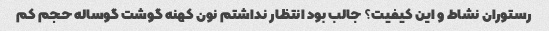
رستوران نشاط و این کیفیت؟ جالب بود انتظار نداشتم نون کهنه گوشت گوساله حجم کم